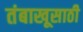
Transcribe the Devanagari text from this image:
तंबाखूसाठी